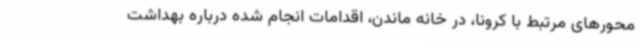
محورهای مرتبط با کرونا، در خانه ماندن، اقدامات انجام شده درباره بهداشت